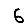
Digit: 6